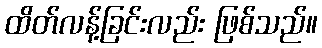
ထိတ်လန့်ခြင်းလည်း ဖြစ်သည်။